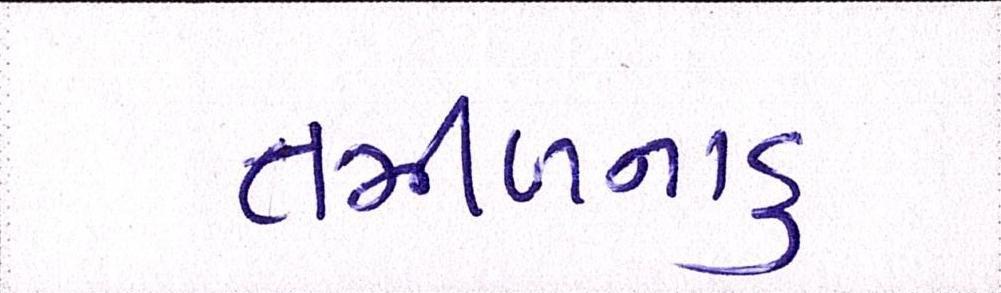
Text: તમીળનાડુ